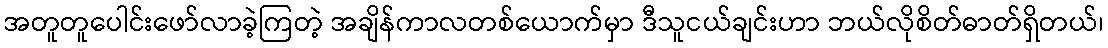
အတူတူပေါင်းဖော်လာခဲ့ကြတဲ့ အချိန်ကာလတစ်ယောက်မှာ ဒီသူငယ်ချင်းဟာ ဘယ်လိုစိတ်ဓာတ်ရှိတယ်၊